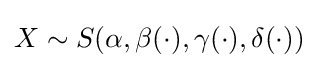
X\sim S(\alpha ,\beta (\cdot ),\gamma (\cdot ),\delta (\cdot ))